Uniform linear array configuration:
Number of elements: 16
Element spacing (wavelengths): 0.25
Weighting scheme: uniform
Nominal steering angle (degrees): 30
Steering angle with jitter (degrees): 29.942
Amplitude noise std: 0.05
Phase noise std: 0.05

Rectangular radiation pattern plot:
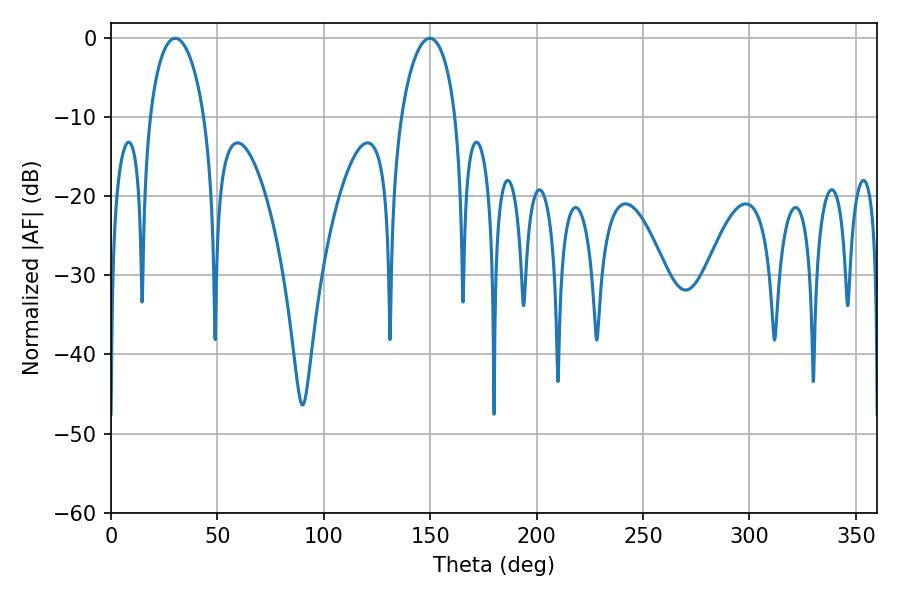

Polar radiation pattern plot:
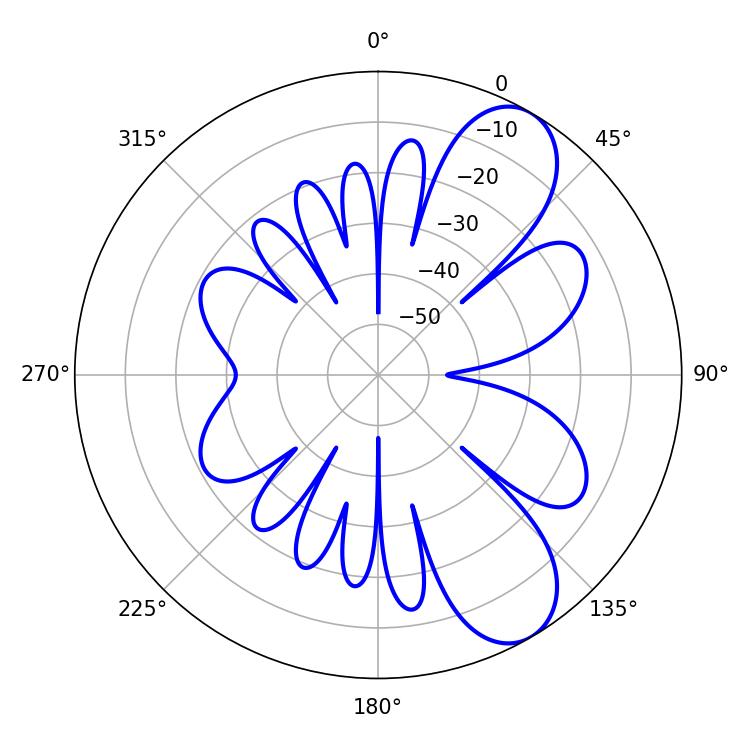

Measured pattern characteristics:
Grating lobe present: FALSE
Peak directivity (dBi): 8.466
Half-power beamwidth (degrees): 14.58
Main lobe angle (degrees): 30.24